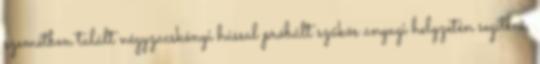
szemétben talált négyzacskónyi hússal próbált szűkös anyagi helyzetén segíteni,